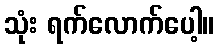
သုံး ရက်လောက်ပေါ့။